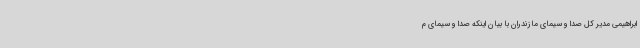
ابراهیمی مدیر کل صدا و سیمای مازندران با بیان اینکه صدا و سیمای م